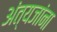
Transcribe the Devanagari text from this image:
अंत्यजांना